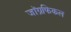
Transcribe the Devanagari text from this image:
जाॅग्रफिकल